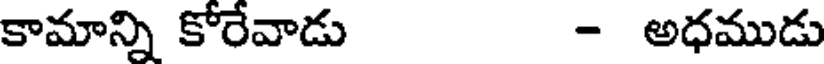
కామాన్ని కోరేవాడు - అధముడు